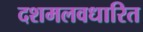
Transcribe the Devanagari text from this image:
दशमलवधारित